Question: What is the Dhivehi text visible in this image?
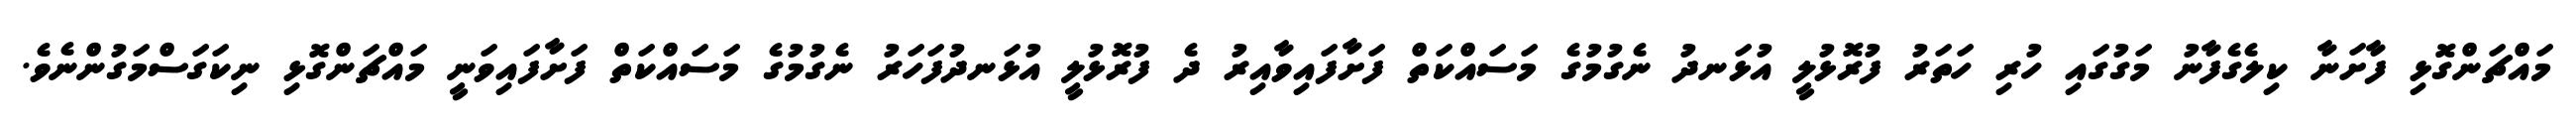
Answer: މައްޗަންގޮޅި ފާށަނާ ކިލެގެފާނު މަގުގައި ހުރި ހަތަރު ފުރޮޅުލީ އުޅަނދު ނެގުމުގެ މަސައްކަތް ފަށާފައިވާއިރު ދެ ފުރޮޅުލީ އުޅަނދުފަހަރު ނެގުމުގެ މަސައްކަތް ފަށާފައިވަނީ މައްޗަންގޮޅި ނިކަގަސްމަގުންނެވެ.